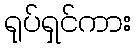
ရုပ်ရှင်ကား